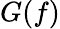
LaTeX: G(f)